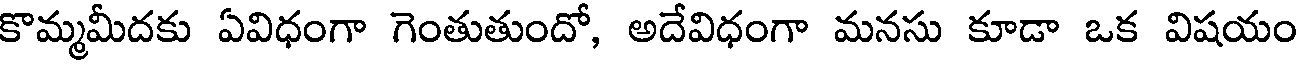
కొమ్మమీదకు ఏవిధంగా గెంతుతుందో, అదేవిధంగా మనసు కూడా ఒక విషయం